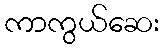
ကာကွယ်ဆေး